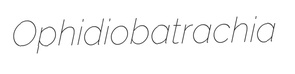
Ophidiobatrachia